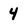
Character: 4